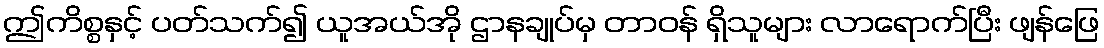
ဤကိစ္စနှင့် ပတ်သက်၍ ယူအယ်အို ဌာနချုပ်မှ တာဝန် ရှိသူများ လာရောက်ပြီး ဖျန်ဖြေ